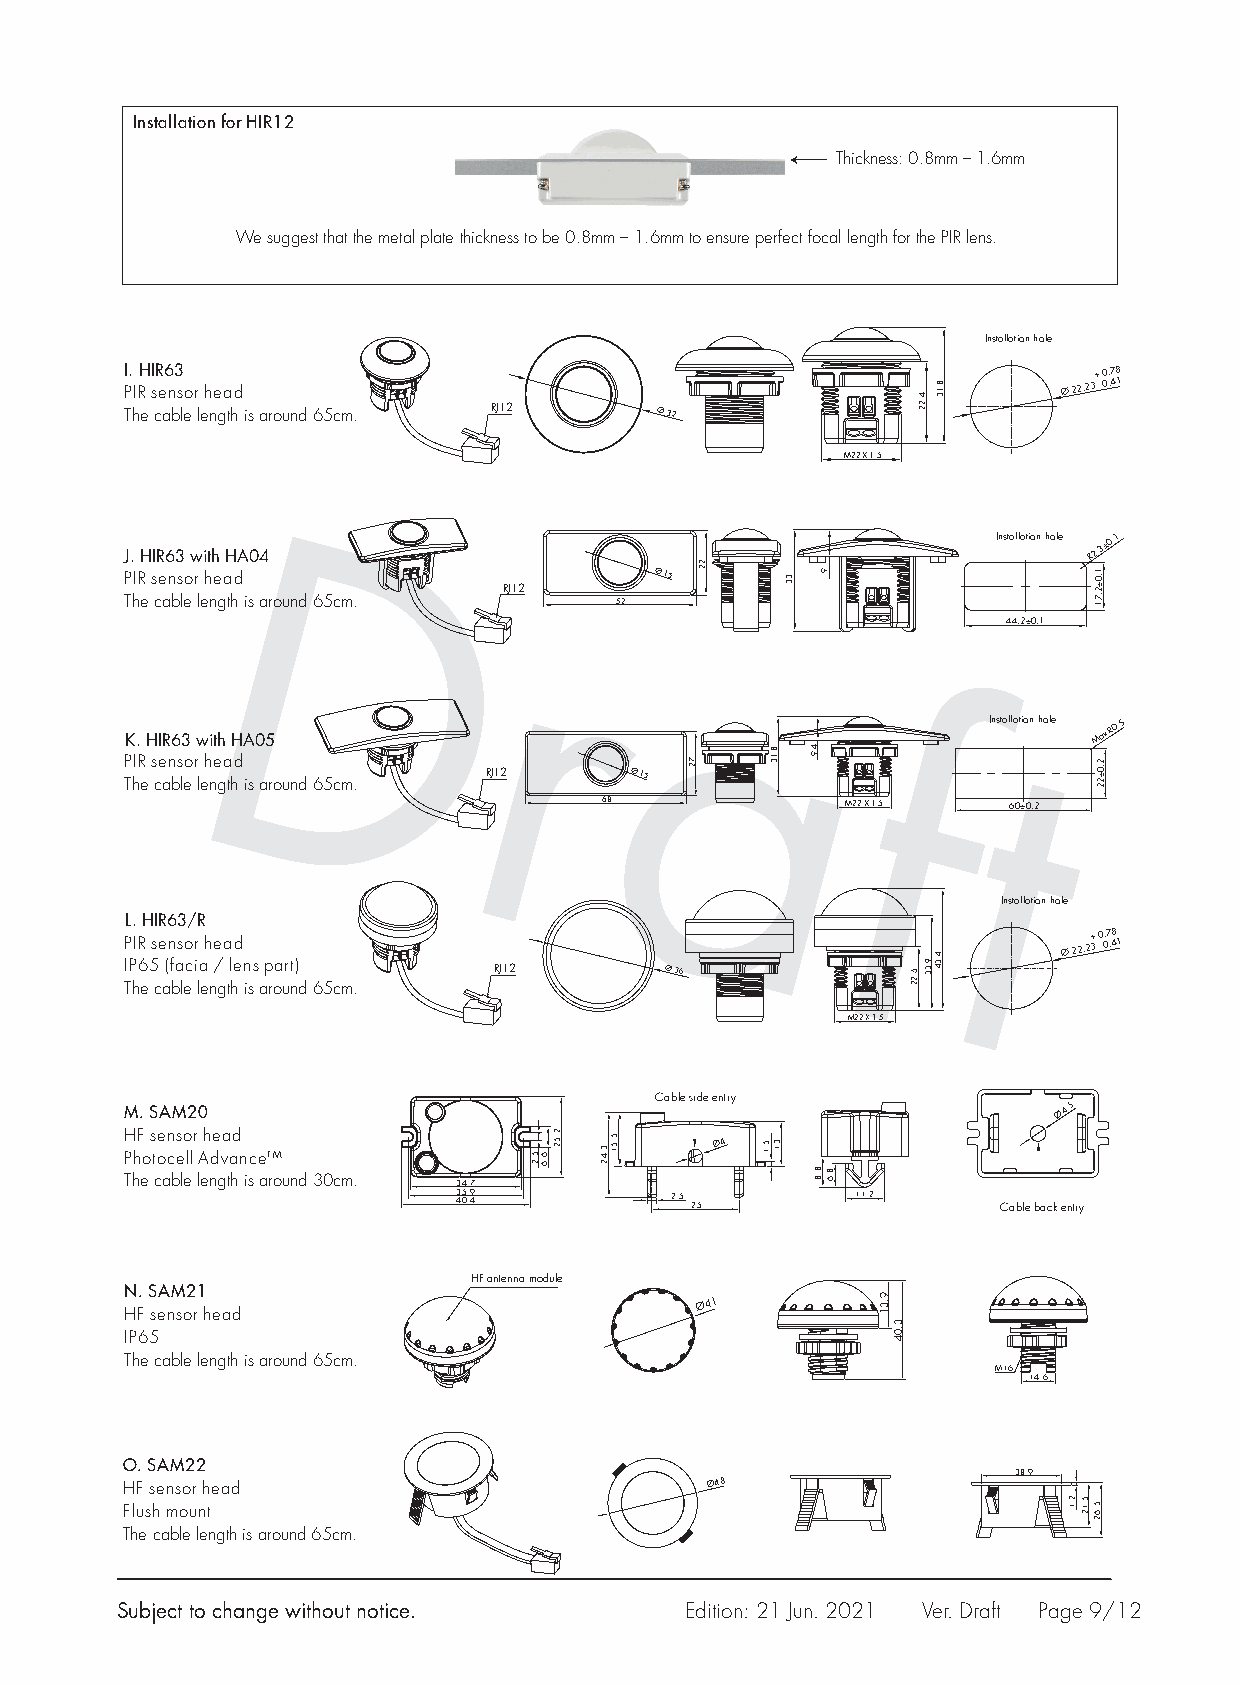
Installation for HIR12
 Thickness: 0.8mm – 1.6mm
 We suggest that the metal plate thickness to be 0.8mm – 1.6mm to ensure perfect focal length for the PIR lens.
 Installation hole
 I P.
 I
 RH I sR e6 n3
 sor head                                                  Ø 2 2 . 2 3
 +
 -
 0 0. .7 48
 1
 The cable length is around 65cm. RJ12 Ø 32
 M22 X 1.5
 J. HIR63 with HA04
 Installation hole R2.3±0.1
 PIR sensor head                    Ø 15
 D                                RJ12
 The cable length is around 65cm. 52
 r         D                                                        44.2±0.1
 r
 a
 f
 t       K. HIR63 with HA05
 a                           Installation hole
 Max
 R0.5
 f
 PIR sensor head
 The cable length is around 65cm. RJ12 Ø 15          t
 68              M22 X 1.5  60±0.2
 Installation hole
 L. HIR63/R
 PIR sensor head                                               Ø 2 2 . 2 + 3 0 - 0.7 .48 1
 IP65 (facia / lens part) RJ12       Ø 36
 The cable length is around 65cm.
 M22 X 1.5
 Cable side entry
 M. SAM20                                                      Ø4.5
 HF sensor head                         Ø4 Photocell AdvanceTM
 The cable length is around 30cm. 34.7
 43 05 .. 49   2.5
 25
 11.2
 Cable back entry
 HF antenna module
 N. SAM21
 Ø41
 HF sensor head
 IP65
 The cable length is around 65cm.
 M16
 14.6
 O. SAM22
 38.9
 HF sensor head                         Ø48
 Flush mount
 The cable length is around 65cm.
 Subject to change without notice.    Edition: 21 Jun. 2021 Ver. Draft Page 9/12
 5.2 6.6 2.52 3.42 5.51
 72
 22
 5.1
 8.13
 31
 33 9
 4.9
 8 8. .8 6
 9.31
 3.04
 6.22
 4.22
 9.33
 8.13
 4.34
 2.1 5.12
 1.0±2.71
 2.0±22
 5.62